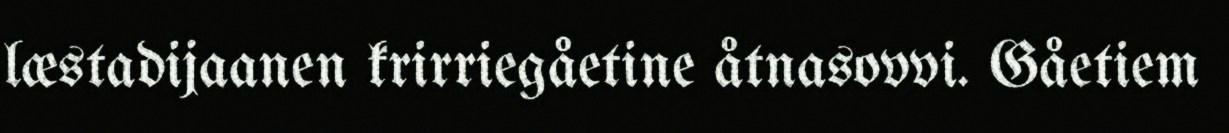
læstadijaanen krirriegåetine åtnasovvi. Gåetiem